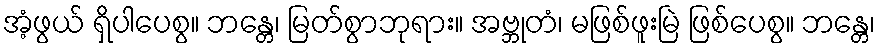
အံ့ဖွယ် ရှိပါပေစွ။ ဘန္တေ၊ မြတ်စွာဘုရား။ အဗ္ဘုတံ၊ မဖြစ်ဖူးမြဲ ဖြစ်ပေစွ။ ဘန္တေ၊